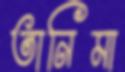
তানিমা